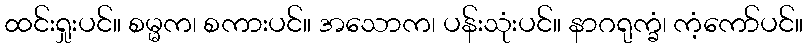
ထင်းရှုးပင်။ စမ္မက၊ စကားပင်။ အသောက၊ ပန်းသုံးပင်။ နာဂရုက္ခံ၊ ကံ့ကော်ပင်။